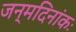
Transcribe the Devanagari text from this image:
जन्मदिनांकः